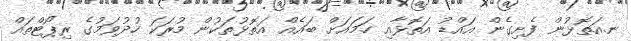
ނ.އަތޮޅުން ފެށިގެން އައްޑު އަތޮޅާއި ހަމައަށް ބައެއް އަތޮޅުތަކުން މުރަކަ ހުދުވަމުގެ ރިޕޯޓްތައް